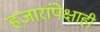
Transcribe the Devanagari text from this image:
हजारांपेक्षाही